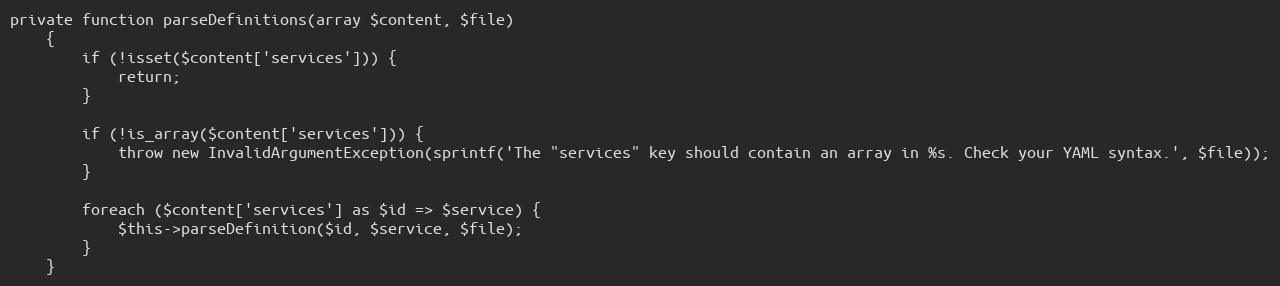
Language: PHP
private function parseDefinitions(array $content, $file)
    {
        if (!isset($content['services'])) {
            return;
        }

        if (!is_array($content['services'])) {
            throw new InvalidArgumentException(sprintf('The "services" key should contain an array in %s. Check your YAML syntax.', $file));
        }

        foreach ($content['services'] as $id => $service) {
            $this->parseDefinition($id, $service, $file);
        }
    }